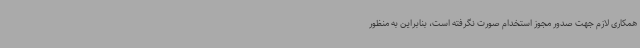
همکاری لازم جهت صدور مجوز استخدام صورت نگرفته است، بنابراین به منظور